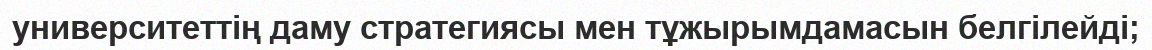
университеттің даму стратегиясы мен тұжырымдамасын белгілейді;